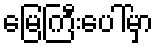
မြေကြီးပေါ်မှာ